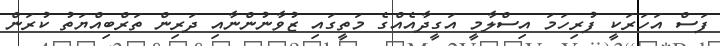
ފަސް އަހަރަކީ ފުރިހަމަ އިސްލާމީ އަގީދާއެއްގެ މަތީގައި ޒުވާނުންނާއި ދަރިން ތަރްބިއްޔަތު ކުރަން